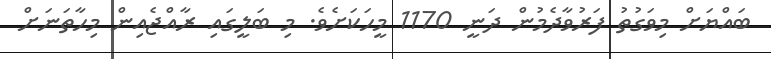
ބައްޔަށް މިވަގުތު ފަރުވާދެމުން ދަނީ 1170 މީހަކަށެވެ. މި ބަލީގައި ރާއްޖެއިން މިހާތަނަށް